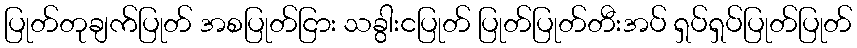
ပြုတ်တုချက်ပြုတ် အစပြုတ်ငြား သခွါးငပြုတ် ပြုတ်ပြုတ်တီးအပ် ရှပ်ရှပ်ပြုတ်ပြုတ်